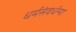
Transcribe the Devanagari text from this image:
धर्मसंवर्धन्या